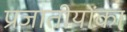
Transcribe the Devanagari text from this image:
प्रजातीयोंका